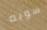
سويه